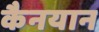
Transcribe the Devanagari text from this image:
कैनयान